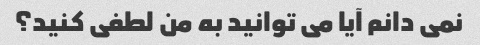
نمی دانم آیا می توانید به من لطفی کنید؟